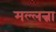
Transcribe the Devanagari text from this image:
मल्लन्ना